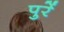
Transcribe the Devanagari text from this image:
पुरें